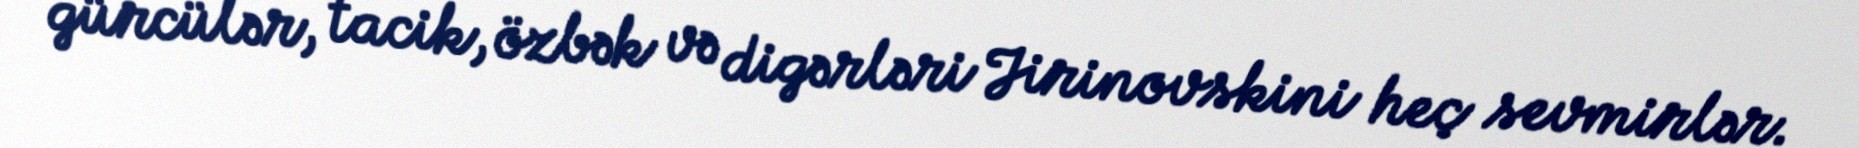
gürcülər, tacik, özbək və digərləri Jirinovskini heç sevmirlər.